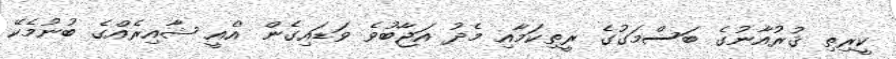
ކީރިތި ޤުރުއާނުގެ ބަސްމަގުގެ ރީތިކަމާއި މެދު އަޖާބުވެ ވަޑައިގެން 'އެއީ ޝާއިރެއްގެ ބުނުމެކޭ